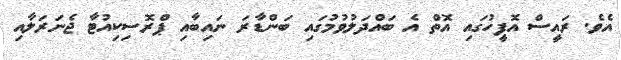
އެވެ. ރައީސް އޮފީހުގައި އޮތް އެ ބައްދަލުވުމުގައި ބަންޑާރަ ނައިބާއި ޕްރޮސިކިއުޓާ ޖެނަރަލާއި